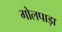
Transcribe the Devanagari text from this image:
गोलपाड़ा